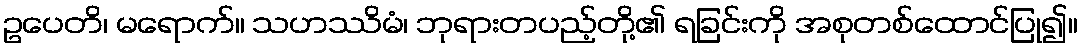
ဥပေတိ၊ မရောက်။ သဟဿိမံ၊ ဘုရားတပည့်တို့၏ ရခြင်းကို အစုတစ်ထောင်ပြု၍။